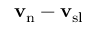
{ \bf v } _ { \mathrm { n } } - { \bf v } _ { \mathrm { s l } }